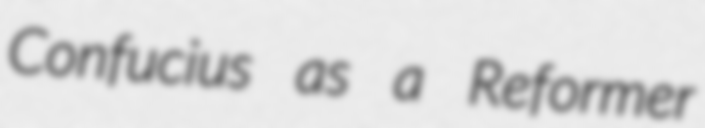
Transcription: Confucius as a Reformer